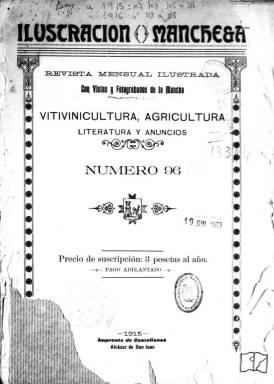
Título: Ilustración manchega
Colección: Revistas de información general
Ámbito geográfico: Ciudad Real
Lugar de publicación: Alcázar de San Juan [Ciudad Real]
Fechas: 01/04/1915-31/07/1916